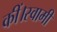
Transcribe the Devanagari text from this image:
कीं।स्वामी